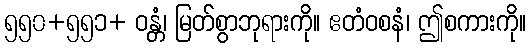
၅၅၀+၅၅၁+ ဝန္တံ၊ မြတ်စွာဘုရားကို။ ဧတံဝစနံ၊ ဤစကားကို။